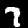
Label: 7